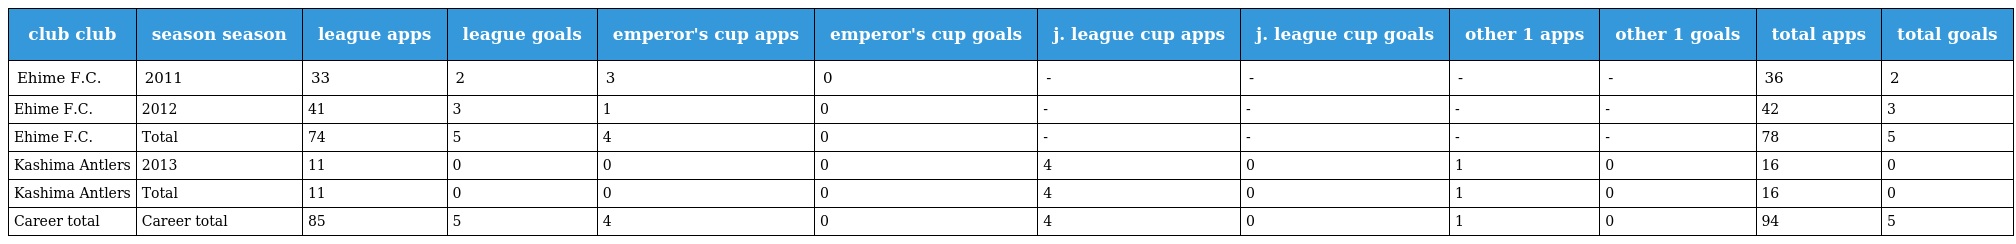
| club club | season season | league apps | league goals | emperor's cup apps | emperor's cup goals | j. league cup apps | j. league cup goals | other 1 apps | other 1 goals | total apps | total goals |
 | --- | --- | --- | --- | --- | --- | --- | --- | --- | --- | --- | --- |
 | Ehime F.C. | 2011 | 33 | 2 | 3 | 0 | - | - | - | - | 36 | 2 |
 | Ehime F.C. | 2012 | 41 | 3 | 1 | 0 | - | - | - | - | 42 | 3 |
 | Ehime F.C. | Total | 74 | 5 | 4 | 0 | - | - | - | - | 78 | 5 |
 | Kashima Antlers | 2013 | 11 | 0 | 0 | 0 | 4 | 0 | 1 | 0 | 16 | 0 |
 | Kashima Antlers | Total | 11 | 0 | 0 | 0 | 4 | 0 | 1 | 0 | 16 | 0 |
 | Career total | Career total | 85 | 5 | 4 | 0 | 4 | 0 | 1 | 0 | 94 | 5 |